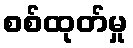
စစ်ထုတ်မှု